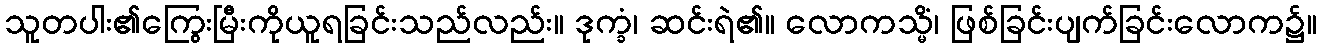
သူတပါး၏ကြွေးမြီးကိုယူရခြင်းသည်လည်း။ ဒုက္ခံ၊ ဆင်းရဲ၏။ လောကသ္မိံ၊ ဖြစ်ခြင်းပျက်ခြင်းလောက၌။